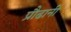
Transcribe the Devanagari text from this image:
प्रौढानी